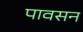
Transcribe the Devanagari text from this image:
पावसन